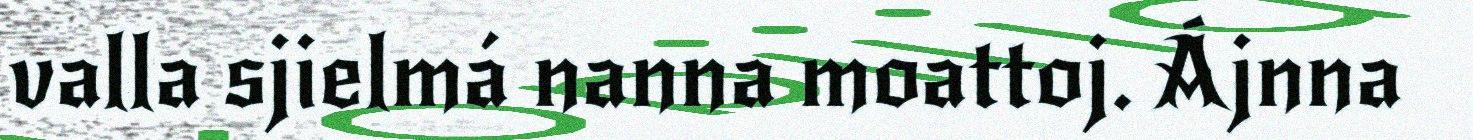
valla sjielmá nanna moattoj. Ájnna